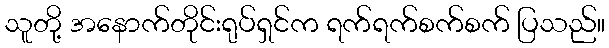
သူတို့ အနောက်တိုင်းရုပ်ရှင်က ရက်ရက်စက်စက် ပြသည်။